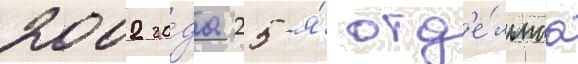
2002 го́да 25-я́ отд'е́льнаа